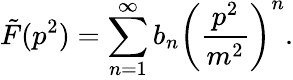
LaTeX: \tilde{F}(p^{2})=\sum_{n=1}^{\infty}b_{n}\left(\frac{p^{2}}{m^{2}}\right)^{n}.